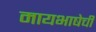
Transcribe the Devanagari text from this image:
मायभाषेची